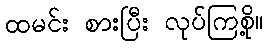
ထမင်း စားပြီး လုပ်ကြစို့။